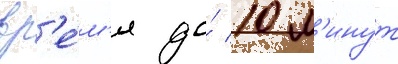
вр'е́м'я до́ 10 м'инут